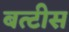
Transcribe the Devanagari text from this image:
बत्टीस